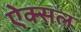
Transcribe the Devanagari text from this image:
ऐक्सल